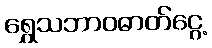
ရွှေသဘာဝဓာတ်ငွေ့